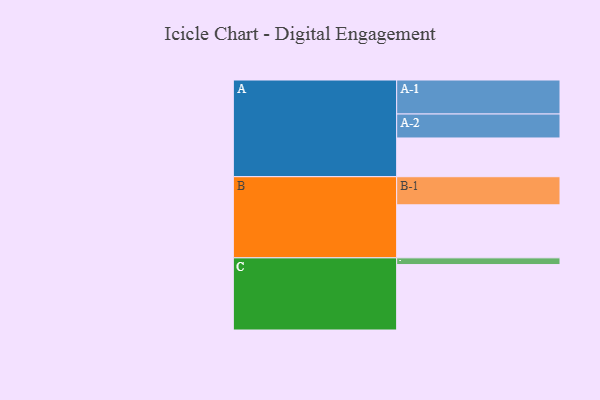
{"axis": {"x": "Segment", "y": "Value"}, "legend": ["", "A", "B", "C"], "data": [{"x": "A", "y": 328, "type": ""}, {"x": "B", "y": 449, "type": ""}, {"x": "C", "y": 554, "type": ""}, {"x": "A-1", "y": 288, "type": "A"}, {"x": "A-2", "y": 203, "type": "A"}, {"x": "B-1", "y": 238, "type": "B"}, {"x": "C-1", "y": 57, "type": "C"}]}